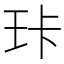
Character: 𰡶